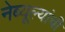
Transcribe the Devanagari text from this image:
नेब्यूल्यांची